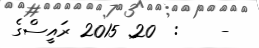
-    :  20